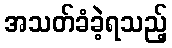
အသတ်ခံခဲ့ရသည့်